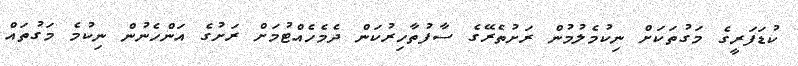
ކުޑަފަރީގެ މަގުތަކަށް ނިކުމެލުމުން ރަށުތެރޭގެ ސާފުތާހިރުކަން ދެމެހެއްޓުމަށް ރަށުގެ އަންހެނުން ނިކުމެ މަގުތައް